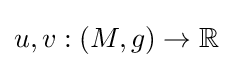
u,v:(M,g)\to \mathbb {R}